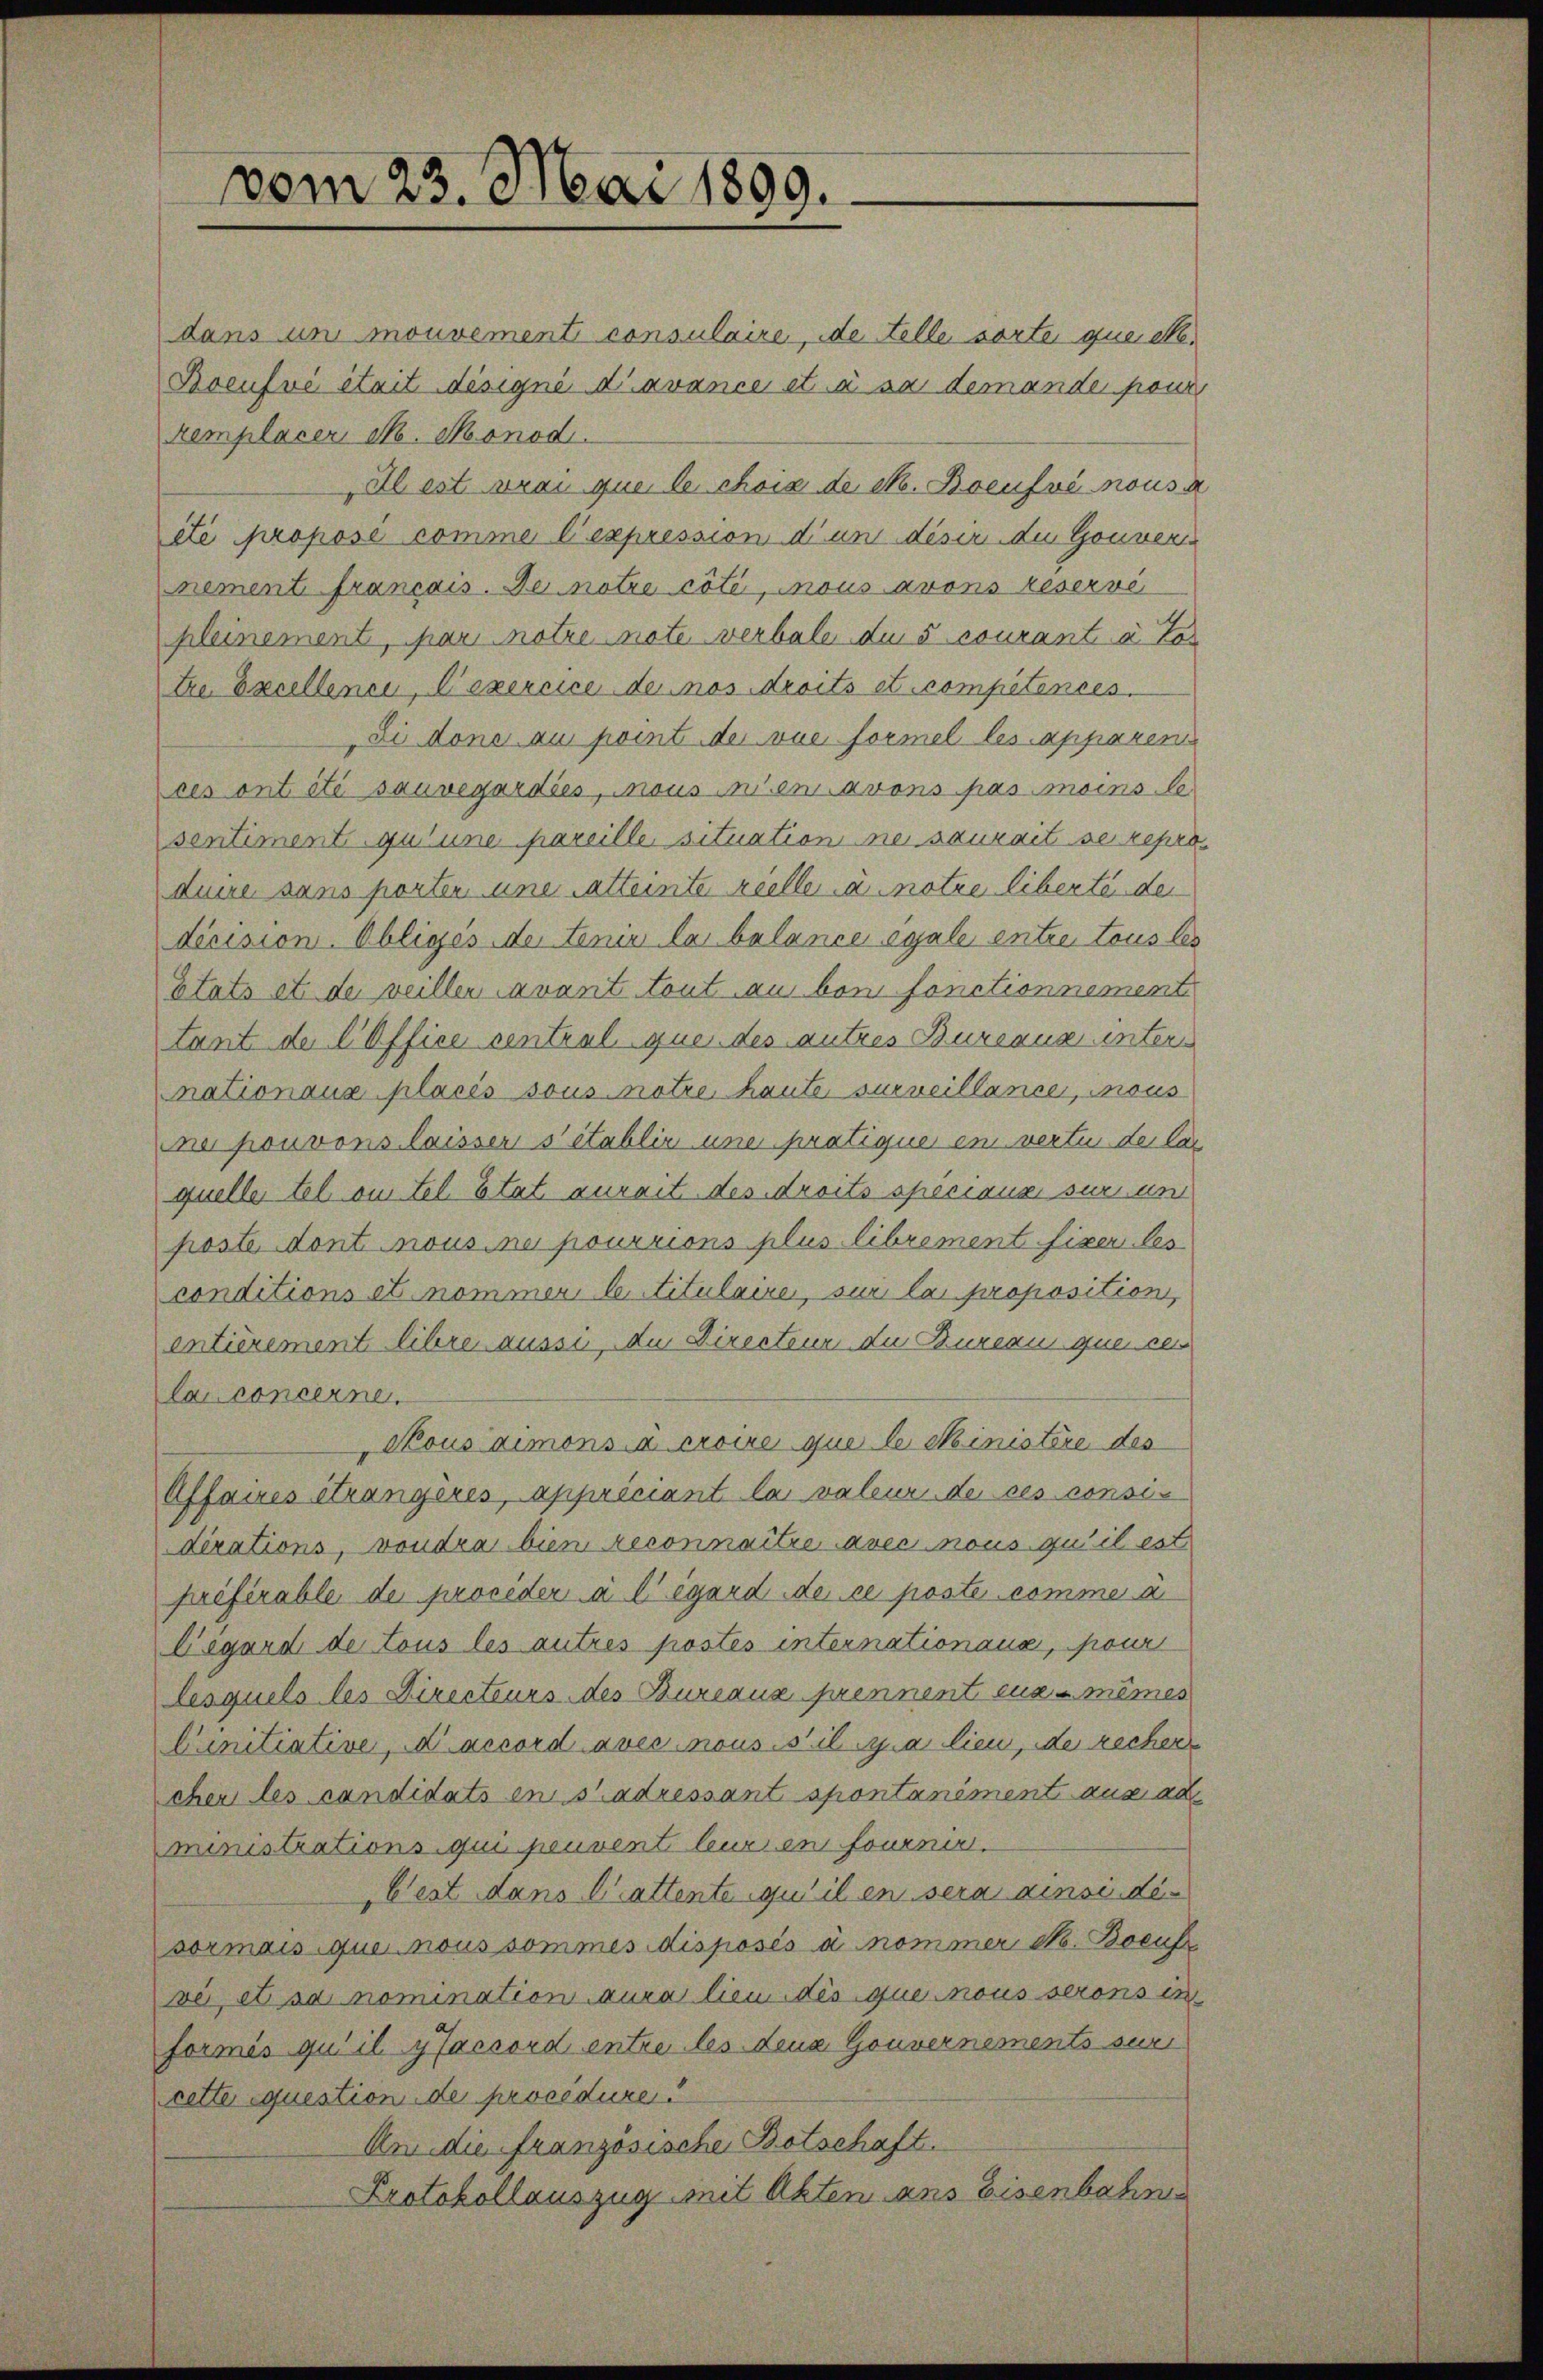
vom 23. Mai 1899.

dans un mouvementi consulaire, ide Folle sorte que etc.
Rocusvi était désigné d’avance et à sa demande fond
kemplacer, M. Monod.
Il est prai que les choix de s. Boeufvé nous a
été propose comme l’expression d’un diser die Gouver
nement français. De notre côté, mous avons réservé
Kleinement, par notre note verbale der 5 courant u. Tor
tre. Excellence, l’exercice dennos droits et compétences.
Di done zu point der vue formel les apparen
ces ont été sauvegardies, mousinen avons pas moins le
sentiment qu’une pareille situation ne saurait se reprodune sans porten une satteinte vielle annotre liberte der
dicision. Obliges de tenir las balance égale entre tous les
Etats et de veillen avant tout aus bei fonctionnement
tant de l Office central que des autres Bureaus unters
nationaux placis sous notre haute surveillance, mous
mn pouvons laisser sitablir une pratique ein vertu de la
quelle tel an Fel Etat aurait des droits speciana sur und
poste dont sous ne pourrions plus librement fixer les
conditions et nommer le Titulaire, sur la proposition,
entièrement libere ausse du Directeur die Bureau que ce
lai concerne
Nousaimons à croire que le Ministère des
Affaires étrangères, appriciant la valeur de ces consis
dirations, voudra bien reconnaître avec nous qu’il est
préférable de proceder à l’égard de ce poste comme à
Degard de tous les autres postes internationaus, pour
lesquels les Directeurs des Bureaux prennent eux-mêmes
Cunitiative, accord avec nous s il y a lieu, der recher
chen des candidats en stadressant spontaniment aus au
ministrations qui peuvent leurs en fourner.
Cest dans Cattente qu’il en sera ainsi disormais que nous sommes disposés à nommer N. Boeufe
ver, et sa nomination aura lieu dis que nous serons in
formis qui il y accord entre les deux Gouvernements sur
cette question de procédure
An die französische Botschaft.
Protokollauszug mit Akten aus Eisenbahne